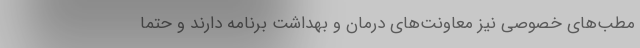
مطب‌‌های خصوصی نیز معاونت‌‌های درمان و بهداشت برنامه دارند و حتما